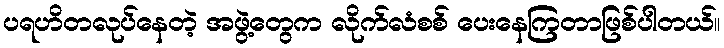
ပရဟိတလုပ်နေတဲ့ အဖွဲ့တွေက လိုက်လံစစ် ပေးနေကြတာဖြစ်ပါတယ်။